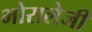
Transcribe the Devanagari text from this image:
भोसलेजी